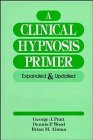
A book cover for A Clinical Hypnosis Primer: Expanded and Updated; George J. Pratt; Health, Fitness & Dieting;